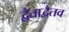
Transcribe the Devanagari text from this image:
द्वैताद्वैतव